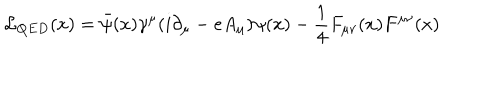
{ \cal { L } } _ { Q E D } ( x ) = \bar { \psi } ( x ) \gamma ^ { \mu } ( i \partial _ { \mu } - e A _ { \mu } ) \psi ( x ) - \frac { 1 } { 4 } F _ { \mu \nu } ( x ) F ^ { \mu \nu } ( x )